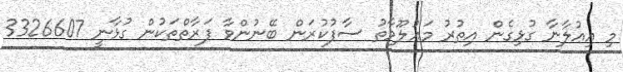
މި އިޢުލާނާ ގުޅިގެން އިތުރު މަޢުލޫމާތު ސާފުކުރަން ބޭނުންވާ ފަރާތްތަކުން ގުޅާނީ 3326607